Relation of titanus [i.e. tetanus] to the hypodermic or intramuscular injection of quinine - Number 43
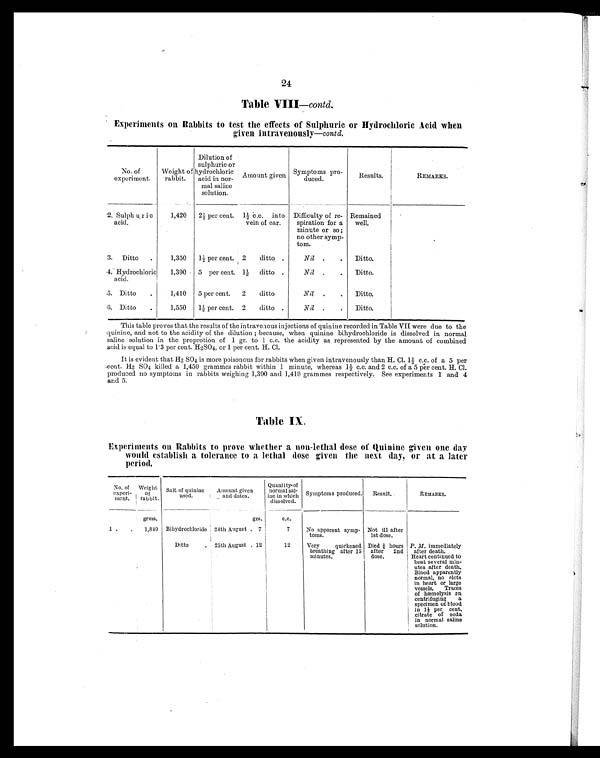
24
Table VIII—contd.
Experiments on Rabbits to test the effects of Sulphuric or Hydrochloric Acid when
given intravenously —contd.
No. of
experiment.
Weight of
rabbit.
Dilution of
sulphuric or
hydrochloric
acid in nor-
mal saline
solution.
Amount given
Symptoms pro-
duced.
Results.
REMARKS.
2. Sulphuric
acid.
1,420
2½ per cent. 1½ c.c. into
vein of ear.
Difficulty of re-
spiration for a
minute or so ;
no other symp-
tom.
Remained
well.
3. Ditto
.
1,350
1½ per cent. 2 ditto .
Nil .
.
Ditto.
4. Hydrochloric
acid.
1,390
5 per cent. 1½ ditto .
Nil .
.
Ditto.
5. Ditto
.
1,410
5 per cent.
2 ditto
Nil .
.
Ditto.
6. Ditto
.
1,550
1½ per cent. 2 ditto .
Nil .
.
Ditto.
This table proves that the results of the intravenous injections of quinine recorded in Table VII were due to the
quinine, and not to the acidity of the dilution ; because, when quinine bihydrochloride is dissolved in normal
saline solution in the proprotion of 1 gr. to 1 c.c. the acidity as represented by the amount of combined
acid is equal to 1.3 per cent. H 2 SO4, or 1 per cent. H. Cl.
It is evident that H2 SO4 is more poisonous for rabbits when given intravenously than H.Cl. 1½ c.c. of a 5 per
cent. H2 S O
4 k i l l e d a 1 , 4 5 0 g r a m m e s r a b b i t w i t h i n 1 m i n u t e , w h e r e a s 1 ½ c . c . a n d 2 c . c . o f a 5 . p e r c e n t . H . C l .
produced no symptoms in rabbits weighing 1,390 and 1,410 grammes respectively. See experiments 1 and 4
and 5.
Table IX.
Experiments on Rabbits to prove whether a non-lethal dose of Quinine given one day
would establish a tolerance to a lethal dose given the next day, or at a later
period.
No. of
experi-
m e n t .
Weight
of
rabbit.
Salt of quinine
used.
Amount given
and dates.
Quantity of
normal sal-
ine in which
dissolved.
Symptoms produced. Result.
REMARKS.
grms.
grs.
c.c.
1
1,840 Bihydrochloride 24th August 7 17
No apparent symp-
toms.
Not ill after
1st dose.
Ditto
. 25th August 12
12
Very quickened
breathing after 15
minutes.
Died ¾ hours
after 2nd
dose.
P. M. immediately
after death.
Heart continued to
beat several min-
utes after death.
Blood apparently
normal, no clots
in heart or large
vessels. Traces
of hæmolysis on
centrifuging a
specimen of blood
in 1½ per cent.
citrate of soda
in normal saline
solution.